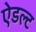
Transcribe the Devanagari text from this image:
ऐडल्ट